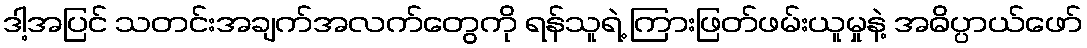
ဒါ့အပြင် သတင်းအချက်အလက်တွေကို ရန်သူရဲ့ ကြားဖြတ်ဖမ်းယူမှုနဲ့ အဓိပ္ပာယ်ဖော်